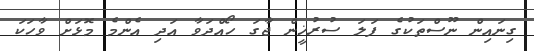
ގިނައިން ނޫސްތަކުގެ ފަލަ ސުރުޚީން ޖާގަ ހޯއްދަވާ އަދި އެންމެ މޮޅަށް ވާހަކަ